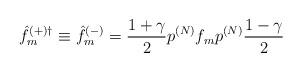
LaTeX: \begin{align*}{\hat{f}}^{(+)\dagger}_m \equiv {\hat{f}}^{(-)}_m = \frac{1+{\gamma}}{2}p^{(N)} f_m p^{(N)}\frac{1-{\gamma}}{2}\end{align*}